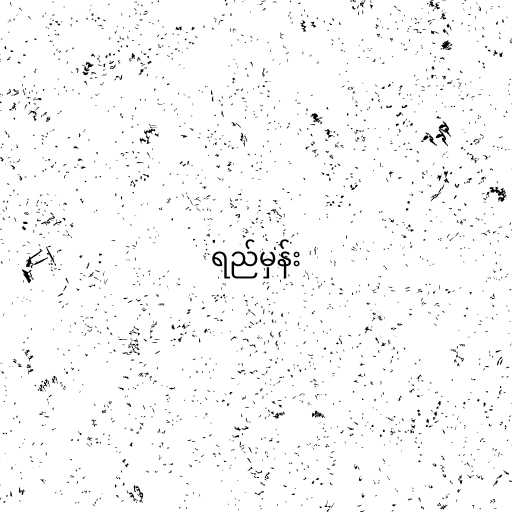
ရည်မှန်း